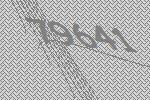
79641